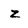
Character: z